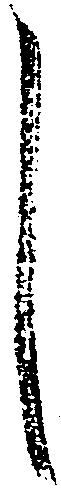
し